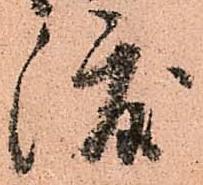
渡